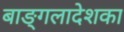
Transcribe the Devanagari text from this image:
बाङ्गलादेशका